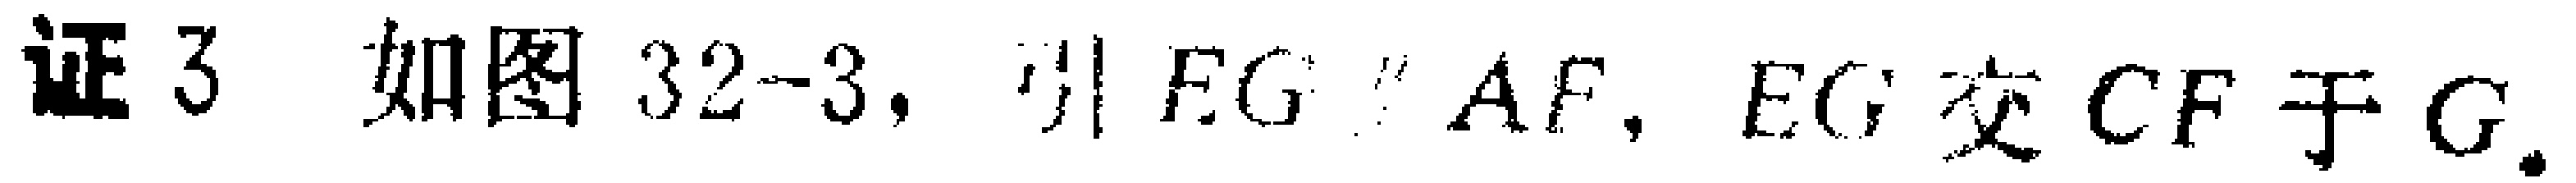
证3 如图32-3，引 \(EG\parallel AF\)，\(EG\)交 \(CF\)于 \(G\).